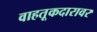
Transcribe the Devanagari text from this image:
वाहतूकदारावर